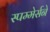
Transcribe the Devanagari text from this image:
स्पम्मेर्सने